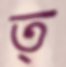
ত্